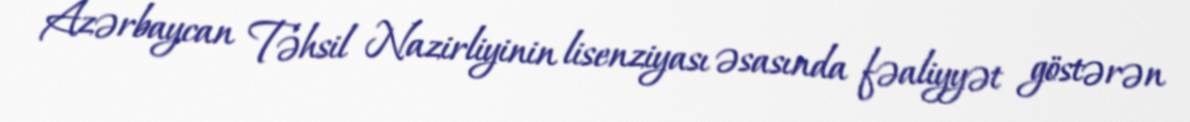
Azərbaycan Təhsil Nazirliyinin lisenziyası əsasında fəaliyyət göstərən